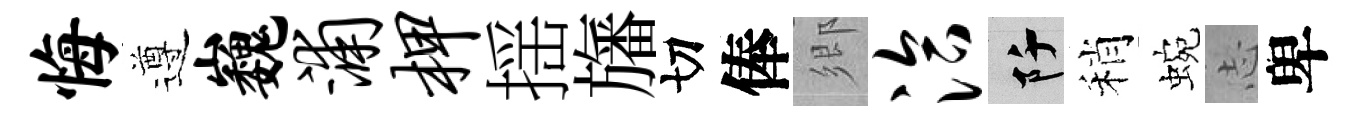
悔遵巍浦柙揺旛切俸鄉洽阡稍蜿𢖽卑